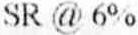
SR @ 6%